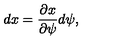
d x = { \frac { \partial x } { \partial \psi } } d \psi ,